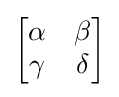
{\begin{bmatrix}\alpha &\beta \\\gamma &\delta \end{bmatrix}}